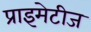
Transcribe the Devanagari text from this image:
प्राइमेटीज